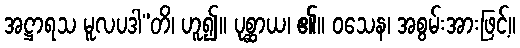
အဋ္ဌာရသ မူလပဒါ”တိ၊ ဟူ၍။ ပုစ္ဆာယ၊ ၏။ ဝသေန၊ အစွမ်းအားဖြင့်။